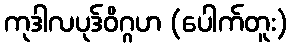
ကုဒါလပုဒ်ဝိဂ္ဂဟ (ပေါက်တူး)